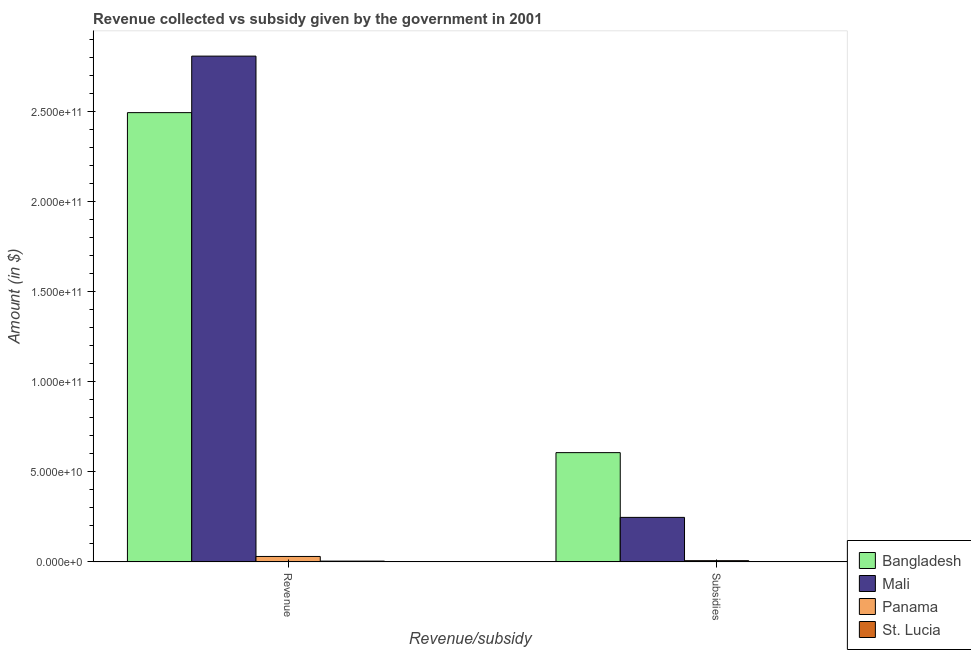
| Revenue/subsidy | Bangladesh | Mali | Panama | St. Lucia |
 | --- | --- | --- | --- | --- |
 | Revenue | 2.49e+11 | 2.81e+11 | 3.02e+09 | 4.42e+08 |
 | Subsidies | 6.06e+10 | 2.47e+10 | 6.84e+08 | 7.1e+07 |